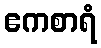
ဧကစာရံ